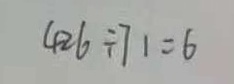
4 2 6 \div 7 1 = 6